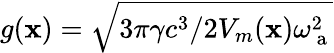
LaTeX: g({\mathbf x})=\sqrt{3\pi\gamma c^{3}/2V_{m}({\mathbf x})\omega_{\mathrm{~a~}}^{2}}